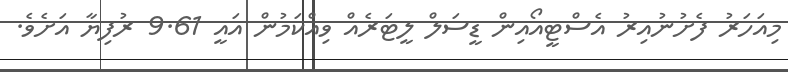
މިއަހަރު ފެށުނުއިރު އެސްޓީއޯއިން ޑީސަލް ލީޓަރެއް ވިއްކަމުން އައީ 9.61 ރުފިޔާ އަށެވެ.